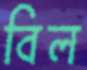
বিল